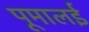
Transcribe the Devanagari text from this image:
पूमालई